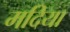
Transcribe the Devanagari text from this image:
मदिया